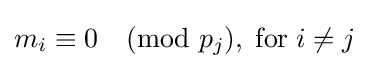
m_{i}\equiv 0{\pmod {p_{j}}},\;{\text{for}}\;i\neq j